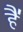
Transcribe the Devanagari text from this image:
है॑